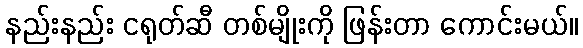
နည်းနည်း ငရုတ်ဆီ တစ်မျိုးကို ဖြန်းတာ ကောင်းမယ်။